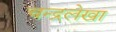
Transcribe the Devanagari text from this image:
चन्द्रलेखा